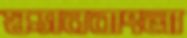
স্ক্যানবাংলা